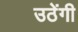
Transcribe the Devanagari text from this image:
उठेंगी